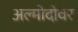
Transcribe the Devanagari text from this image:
अल्मोदोवर